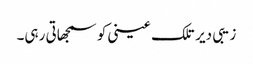
زیبی دیر تلک عینی کو سمجھاتی رہی۔